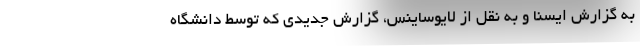
به گزارش ایسنا و به نقل از لایوساینس، گزارش جدیدی که توسط دانشگاه